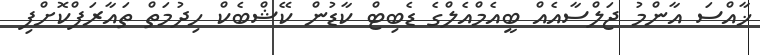
ޚާއްސަ އާންމު ޖަލްސާއެއް ބީއެމްއެލްގެ ޑެބިޓް ކާޑުން ކޭޝްބެކް ހިދުމަތް ތައާރަފްކޮށްފި